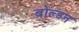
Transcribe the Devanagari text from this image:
बोल्डन